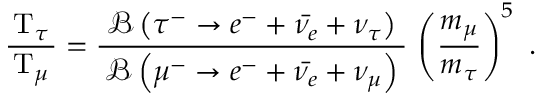
{ \frac { \, \mathrm { T } _ { \tau } \, } { \mathrm { T } _ { \mu } } } = { \frac { \; { \mathcal { B } } \left( \tau ^ { - } \rightarrow e ^ { - } + { \bar { \nu _ { e } } } + \nu _ { \tau } \right) \; } { { \mathcal { B } } \left( \mu ^ { - } \rightarrow e ^ { - } + { \bar { \nu _ { e } } } + \nu _ { \mu } \right) } } \, \left( { \frac { m _ { \mu } } { m _ { \tau } } } \right) ^ { 5 } ~ .